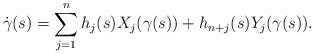
\begin{align*} \dot\gamma(s)=\sum_{j=1}^n h_j(s) X_j(\gamma(s))+h_{n+j}(s) Y_j(\gamma(s)). \end{align*}